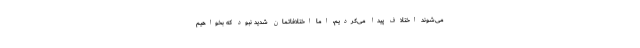
می‌شوند اختلاف پیدا می‌کردیم، اما اختلافاتمان شدید نبود که بخواهیم